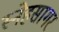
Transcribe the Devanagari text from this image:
स्नेहसागर